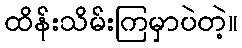
ထိန်းသိမ်းကြမှာပဲတဲ့။